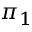
\pi _ { 1 }